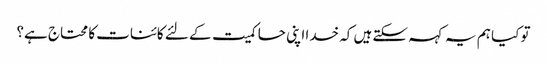
تو کیا ہم یہ کہہ سکتے ہیں کہ خدا اپنی حاکمیت کے لئے کائنات کا محتاج ہے؟